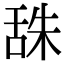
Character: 𦧙